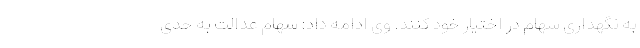
به نگهداری سهام در اختیار خود کنند. وی ادامه داد: سهام عدالت به حدی